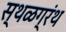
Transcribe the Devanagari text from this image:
स्थळग्रंथ